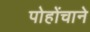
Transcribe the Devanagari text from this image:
पोहोंचाने